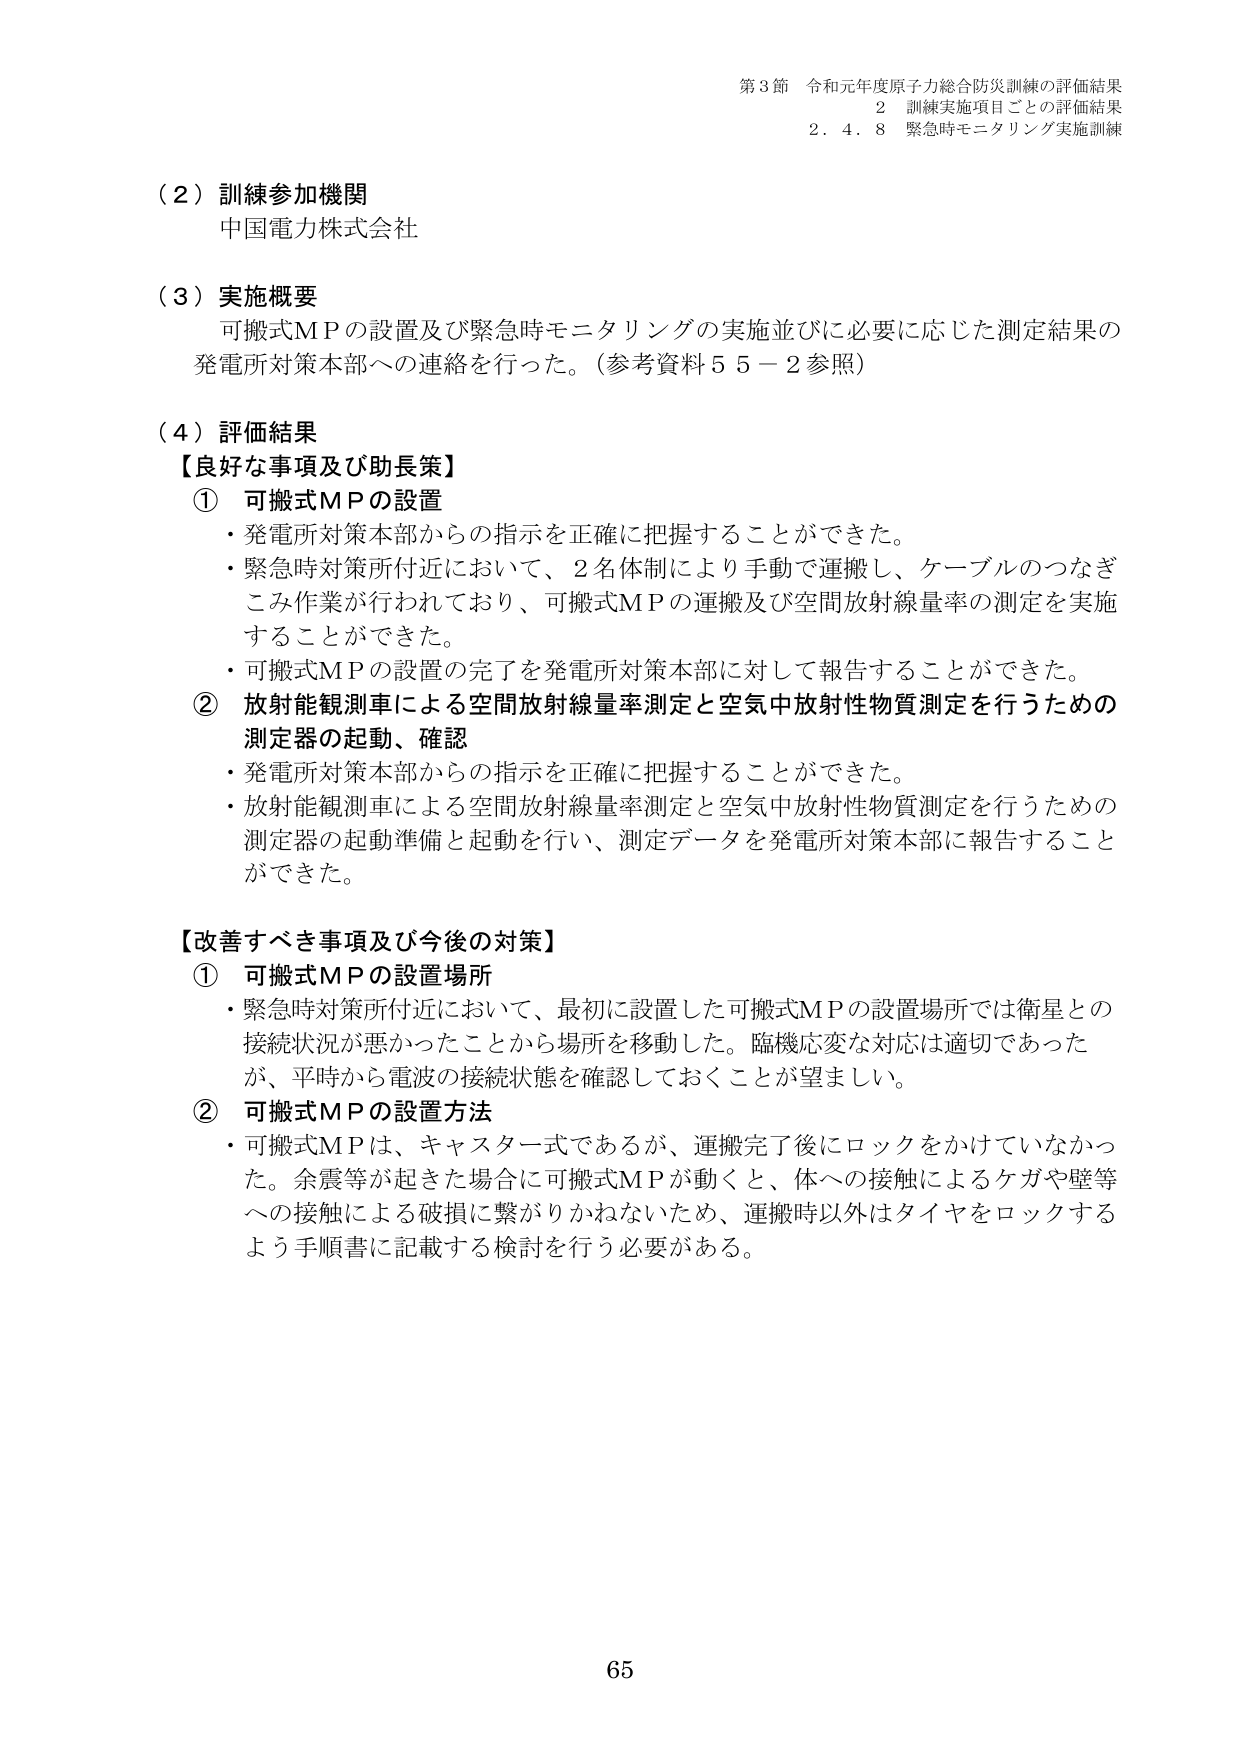
第3節 令和元年度原子力総合防災訓練の評価結果
2 訓練実施項目ごとの評価結果
2.4.8 緊急時モニタリング実施訓練

（2）訓練参加機関
中国電力株式会社

（3）実施概要
可搬式MPの設置及び緊急時モニタリングの実施並びに必要に応じた測定結果の
発電所対策本部への連絡を行った。（参考資料55－2参照）

（4）評価結果
【良好な事項及び助長策】
① 可搬式MPの設置
・発電所対策本部からの指示を正確に把握することができた。
・緊急時対策所付近において、2名体制により手動で運搬し、ケーブルのつなぎ
こみ作業が行われており、可搬式MPの運搬及び空間放射線量率の測定を実施
することができた。
・可搬式MPの設置の完了を発電所対策本部に対して報告することができた。
② 放射能観測車による空間放射線量率測定と空気中放射性物質測定を行うための
測定器の起動、確認
・発電所対策本部からの指示を正確に把握することができた。
・放射能観測車による空間放射線量率測定と空気中放射性物質測定を行うための
測定器の起動準備と起動を行い、測定データを発電所対策本部に報告すること
ができた。

【改善すべき事項及び今後の対策】
① 可搬式MPの設置場所
・緊急時対策所付近において、最初に設置した可搬式MPの設置場所では衛星との
接続状況が悪かったことから場所を移動した。臨機応変な対応は適切であった
が、平時から電波の接続状態を確認しておくことが望ましい。
② 可搬式MPの設置方法
・可搬式MPは、キャスター式であるが、運搬完了後にロックをかけていなかっ
た。余震等が起きた場合に可搬式MPが動くと、体への接触によるケガや壁等
への接触による破損に繋がりかねないため、運搬時以外はタイヤをロックする
よう手順書に記載する検討を行う必要がある。

65